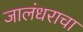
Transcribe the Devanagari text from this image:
जालंधराचा